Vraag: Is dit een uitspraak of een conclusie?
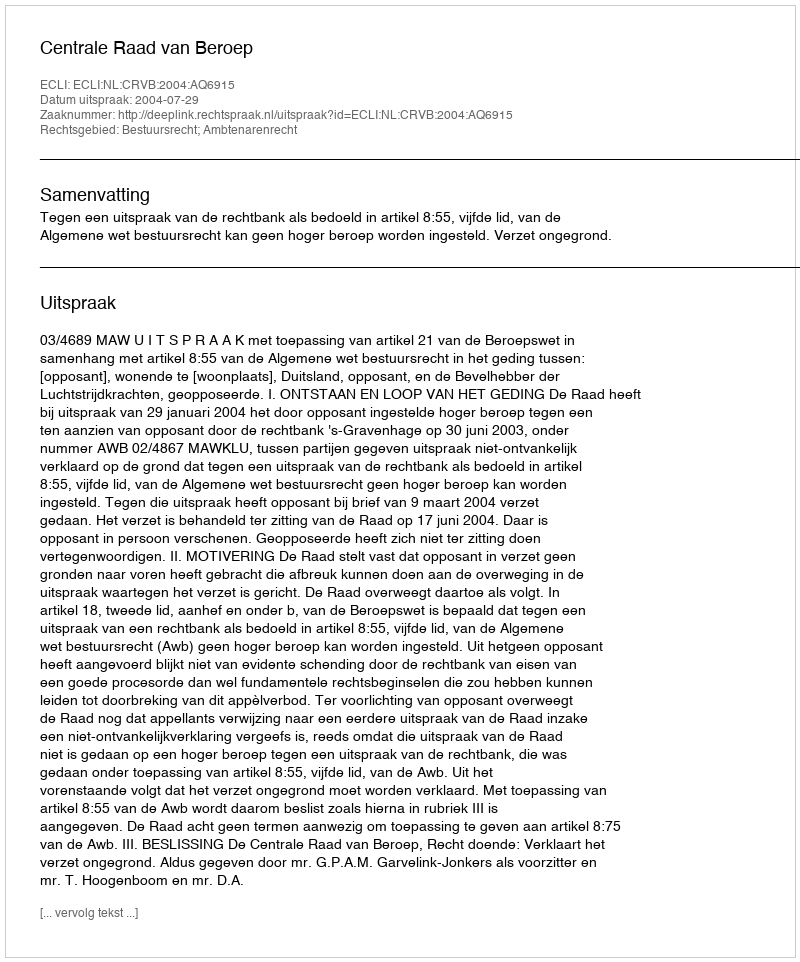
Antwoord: Uitspraak